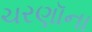
ચરણૉના